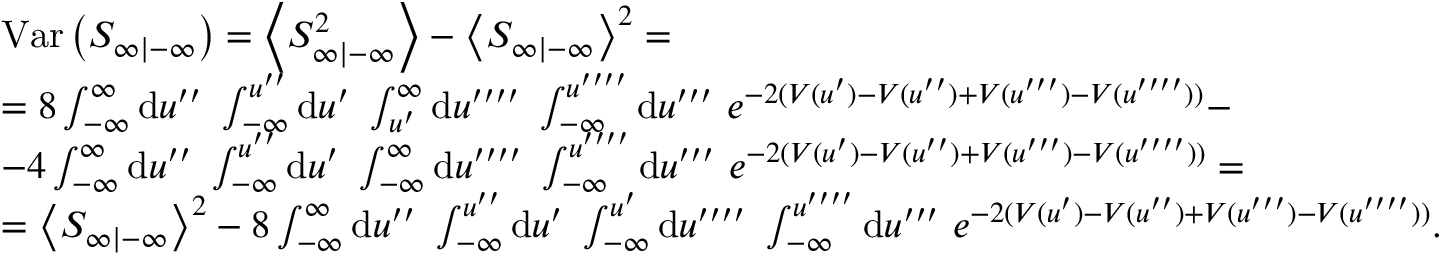
\begin{array} { r l } & { \mathrm { V a r } \left( S _ { \infty | - \infty } \right) = \left\langle S _ { \infty | - \infty } ^ { 2 } \right\rangle - \left\langle S _ { \infty | - \infty } \right\rangle ^ { 2 } = } \\ & { = 8 \int _ { - \infty } ^ { \infty } \mathrm { d } u ^ { \prime \prime } \ \int _ { - \infty } ^ { u ^ { \prime \prime } } \mathrm { d } u ^ { \prime } \ \int _ { u ^ { \prime } } ^ { \infty } \mathrm { d } u ^ { \prime \prime \prime \prime } \ \int _ { - \infty } ^ { u ^ { \prime \prime \prime \prime } } \mathrm { d } u ^ { \prime \prime \prime } \ e ^ { - 2 ( V ( u ^ { \prime } ) - V ( u ^ { \prime \prime } ) + V ( u ^ { \prime \prime \prime } ) - V ( u ^ { \prime \prime \prime \prime } ) ) } - } \\ & { - 4 \int _ { - \infty } ^ { \infty } \mathrm { d } u ^ { \prime \prime } \ \int _ { - \infty } ^ { u ^ { \prime \prime } } \mathrm { d } u ^ { \prime } \ \int _ { - \infty } ^ { \infty } \mathrm { d } u ^ { \prime \prime \prime \prime } \ \int _ { - \infty } ^ { u ^ { \prime \prime \prime \prime } } \mathrm { d } u ^ { \prime \prime \prime } \ e ^ { - 2 ( V ( u ^ { \prime } ) - V ( u ^ { \prime \prime } ) + V ( u ^ { \prime \prime \prime } ) - V ( u ^ { \prime \prime \prime \prime } ) ) } = } \\ & { = \left\langle S _ { \infty | - \infty } \right\rangle ^ { 2 } - 8 \int _ { - \infty } ^ { \infty } \mathrm { d } u ^ { \prime \prime } \ \int _ { - \infty } ^ { u ^ { \prime \prime } } \mathrm { d } u ^ { \prime } \ \int _ { - \infty } ^ { u ^ { \prime } } \mathrm { d } u ^ { \prime \prime \prime \prime } \ \int _ { - \infty } ^ { u ^ { \prime \prime \prime \prime } } \mathrm { d } u ^ { \prime \prime \prime } \ e ^ { - 2 ( V ( u ^ { \prime } ) - V ( u ^ { \prime \prime } ) + V ( u ^ { \prime \prime \prime } ) - V ( u ^ { \prime \prime \prime \prime } ) ) } . } \end{array}